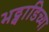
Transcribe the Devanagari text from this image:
भट्वाडिच्या